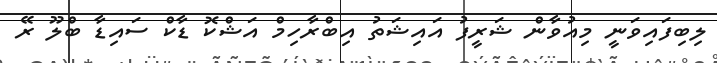
ލިބިފައިވަނީ މިއުވާން ޝަރީފު އައިޝަތު އިބްރާހިމް އަޝްކޮ ޑާކް ސައިޑާ ބްލޫ ރޭ